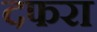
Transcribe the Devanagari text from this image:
दफरा